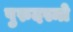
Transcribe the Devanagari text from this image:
पुरुदस्मो